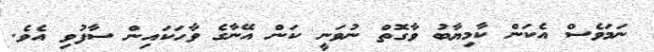
ނަމަވެސް އެކަން ކާމިޔާބު ވާގޮތް ނުވަނީ ކަން އޭނާގެ ވާހަކައިން ސާފުވި އެވެ.